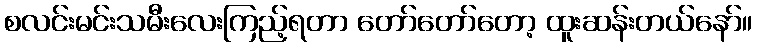
စလင်းမင်းသမီးလေးကြည့်ရတာ တော်တော်တော့ ထူးဆန်းတယ်နော်။